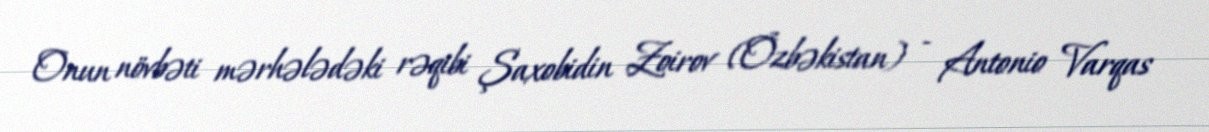
Onun növbəti mərhələdəki rəqibi Şaxobidin Zoirov (Özbəkistan) - Antonio Varqas